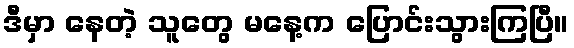
ဒီမှာ နေတဲ့ သူတွေ မနေ့က ပြောင်းသွားကြပြီ။